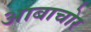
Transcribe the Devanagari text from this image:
आबाचोर